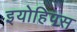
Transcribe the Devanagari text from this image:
इयोहिपस